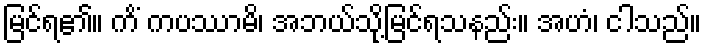
မြင်ရ၏။ ကိံ ကပဿာမိ၊ အဘယ်သို့မြင်ရသနည်း။ အဟံ၊ ငါသည်။